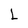
Character: L